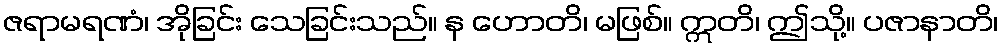
ဇရာမရဏံ၊ အိုခြင်း သေခြင်းသည်။ န ဟောတိ၊ မဖြစ်။ ဣတိ၊ ဤသို့။ ပဇာနာတိ၊